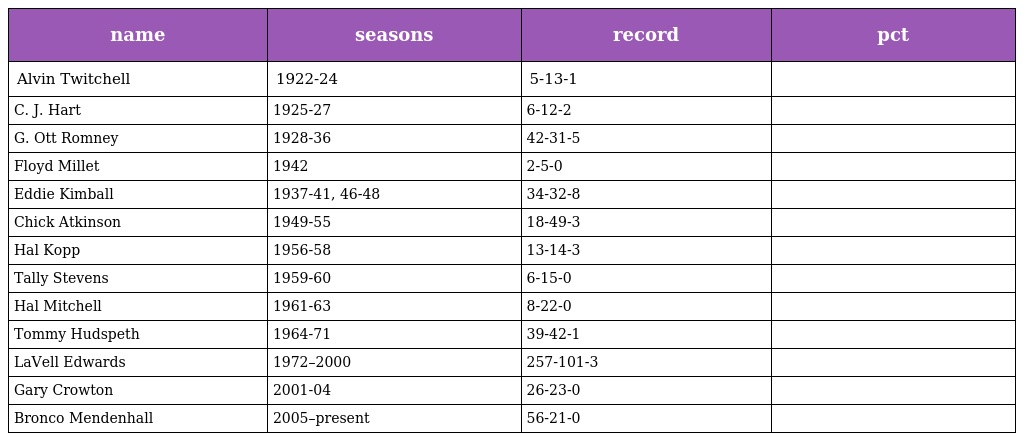
| name | seasons | record | pct |
 | --- | --- | --- | --- |
 | Alvin Twitchell | 1922-24 | 5-13-1 |  |
 | C. J. Hart | 1925-27 | 6-12-2 |  |
 | G. Ott Romney | 1928-36 | 42-31-5 |  |
 | Floyd Millet | 1942 | 2-5-0 |  |
 | Eddie Kimball | 1937-41, 46-48 | 34-32-8 |  |
 | Chick Atkinson | 1949-55 | 18-49-3 |  |
 | Hal Kopp | 1956-58 | 13-14-3 |  |
 | Tally Stevens | 1959-60 | 6-15-0 |  |
 | Hal Mitchell | 1961-63 | 8-22-0 |  |
 | Tommy Hudspeth | 1964-71 | 39-42-1 |  |
 | LaVell Edwards | 1972–2000 | 257-101-3 |  |
 | Gary Crowton | 2001-04 | 26-23-0 |  |
 | Bronco Mendenhall | 2005–present | 56-21-0 |  |